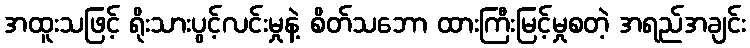
အထူးသဖြင့် ရိုးသားပွင့်လင်းမှုနဲ့ စိတ်သဘော ထားကြီးမြင့်မှုစတဲ့ အရည်အချင်း